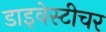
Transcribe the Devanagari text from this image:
डाइवेस्टीचर